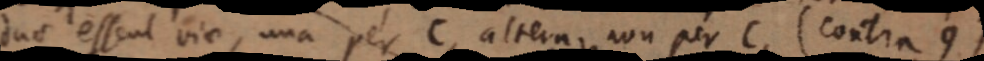
duae essent via, una per C, altera, non per C (contra 9)